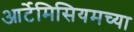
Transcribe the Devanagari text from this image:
आर्टेमिसियमच्या